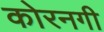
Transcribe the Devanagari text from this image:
कोरनगी